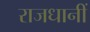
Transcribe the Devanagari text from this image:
राजधानीं